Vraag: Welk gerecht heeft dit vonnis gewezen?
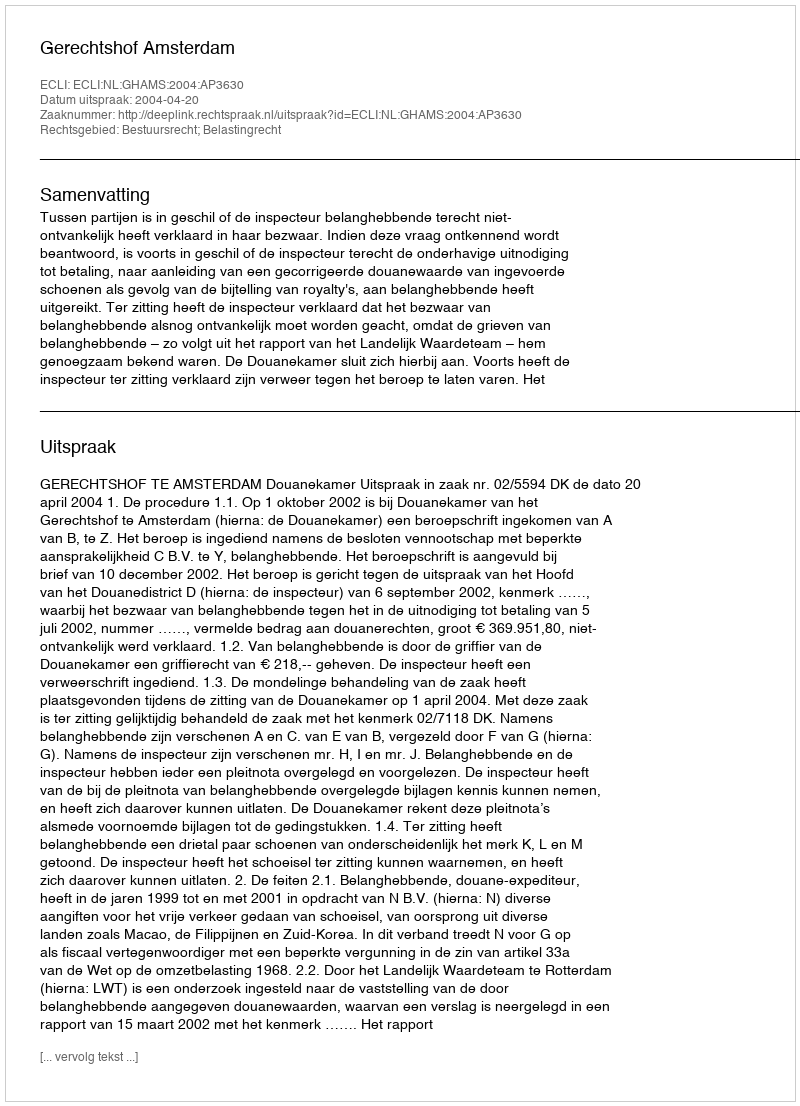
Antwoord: Gerechtshof Amsterdam